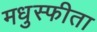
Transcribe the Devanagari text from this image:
मधुस्फीता